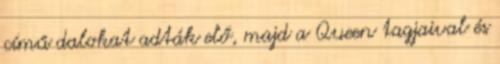
című dalokat adták elő, majd a Queen tagjaival és